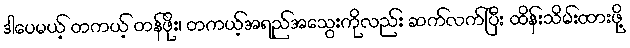
ဒါပေမယ့် တကယ့် တန်ဖိုး၊ တကယ့်အရည်အသွေးကိုလည်း ဆက်လက်ပြီး ထိန်းသိမ်းထားဖို့